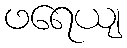
ဖရေယျ